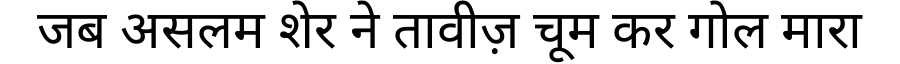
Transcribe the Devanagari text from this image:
जब असलम शेर ने तावीज़ चूम कर गोल मारा